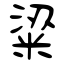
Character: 粱